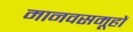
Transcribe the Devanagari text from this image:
मानवसमूहों